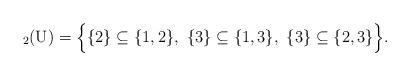
LaTeX: \begin{align*}_2(\mathrm{U})=\Big\{\{2\} \subseteq \{1,2\},\ \{3\} \subseteq \{1,3\},\ \{3\} \subseteq \{2,3\} \Big\}.\end{align*}